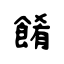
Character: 餚